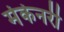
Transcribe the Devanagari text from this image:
मेकेनरी